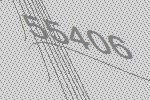
55406